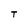
Character: T